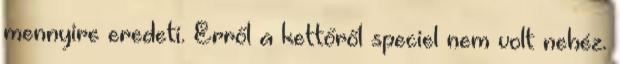
mennyire eredeti. Erről a kettőről speciel nem volt nehéz.